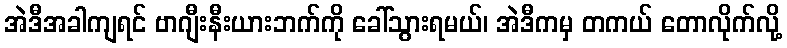
အဲဒီအခါကျရင် ဗာဂျီးနီးယားဘက်ကို ခေါ်သွားရမယ်၊ အဲဒီကမှ တကယ် တောလိုက်လို့